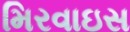
મિરવાઇસ